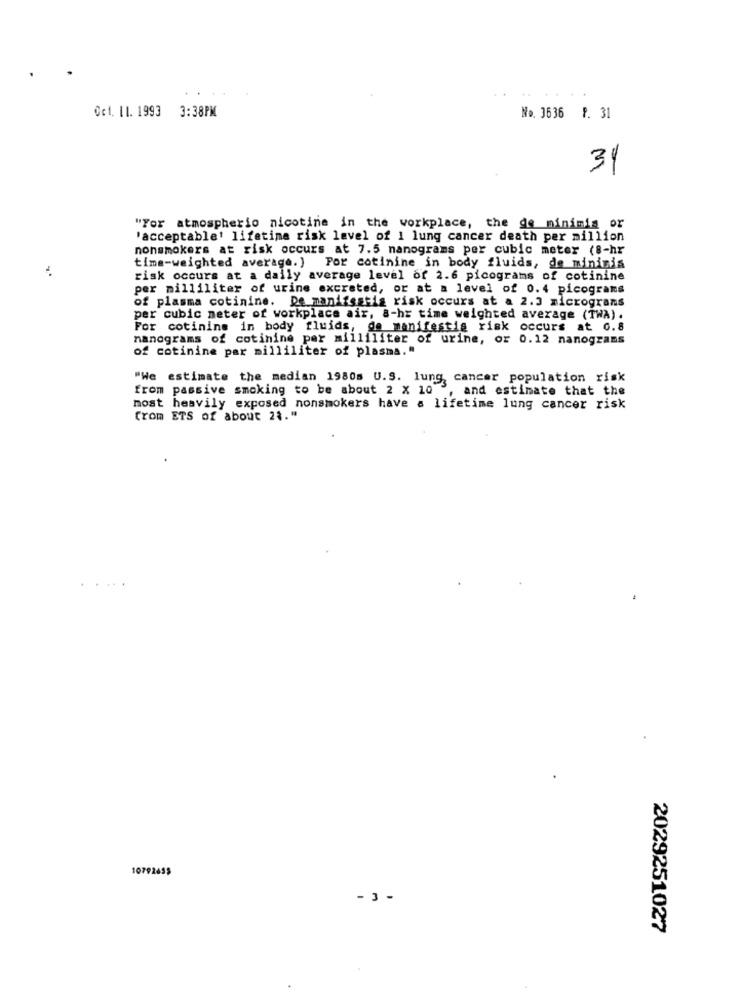
Cet. 11. 1993 3:38PM
No. 3636 P. 31
31
"For atmospheric nicotine in the workplace, the de minimis or
'acceptable' lifetime risk level of 1 lung cancer death per million
nonsmokers at risk occurs at 7.5 nanograms per cubic meter (8-hr
time-weighted average.) Por cotinine in body fluids, de minimis
risk occurs at a daily average level of 2.6 picograms of cotinine
per milliliter of urine excreted, or at a level of 0.4 picograms
of plasma cotinine. De manifestis risk occurs at a 2.J micrograms
per cubic meter of workplace air, a-hr time weighted average (TWA) .
For cotinine in body fluids, de manifestig risk occurs at 0.8
nanograms of cotinine per milliliter of urine, or 0.12 nanograms
of cotinine par milliliter of plasma."
"We estimate the median 1980s U.S. lung cancer population risk
from passive smoking to be about 2 X 10 ", and estimate that the
most heavily exposed nonsmokers have a lifetime lung cancer risk
Crom ETS of about 23."
..
10792455
- 3 -
2029251027